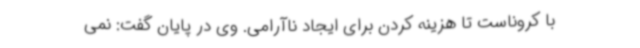
با کروناست تا هزینه کردن برای ایجاد ناآرامی. وی در پایان گفت: نمی